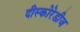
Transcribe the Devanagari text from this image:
दीस्कोरेडीज